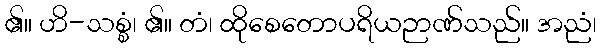
၏။ ဟိ-သစ္စံ၊ ၏။ တံ၊ ထိုစေတောပရိယဉာဏ်သည်။ အညံ၊